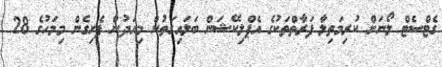
ގެޓްސެޓް ލޯނަށް ކުރިމަތިލާ ފަރާތްތަކުގެ އެޕްލިކޭޝަން ބަލައިގަތުން މިއަދުން ފެށިގެން މިމަހުގެ 28